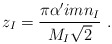
\begin{align*}z_I = \frac{\pi\alpha' i m n_I }{M_I \sqrt 2} \ .\end{align*}